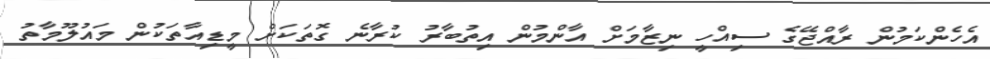
އެހެންކަމުން ރާއްޖޭގެ ސިއްހީ ނިޒާމަށް އާންމުން އިތުބާރު ކުރާނެ ގޮތަކަށް މީޑިއާތަކުން މައުލޫމާތު